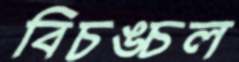
বিচঙ্চল